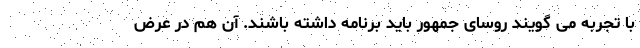
با تجربه می گویند روسای جمهور باید برنامه داشته باشند. آن هم در عرض